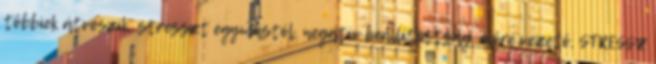
többiek átveszik, stresszt egymástól, negatív beállítottság, előre vezető, STRESSZ